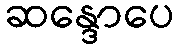
ဆန္ဒောပေ